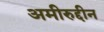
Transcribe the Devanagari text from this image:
अमीरुद्दीन